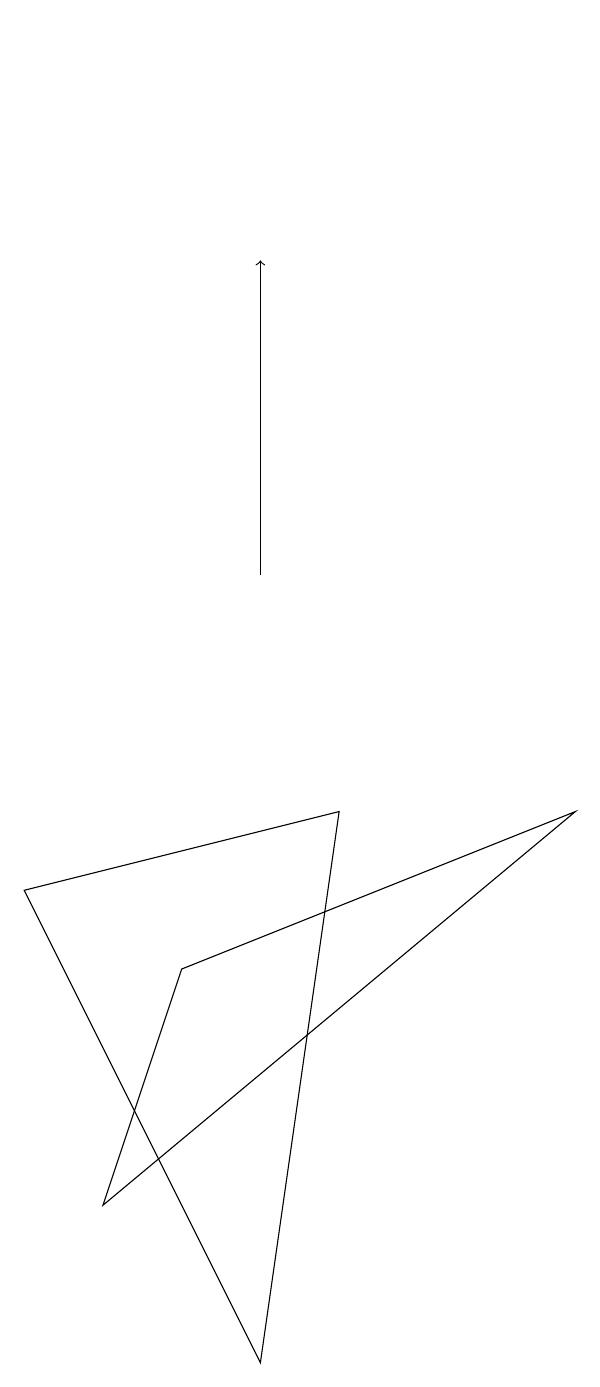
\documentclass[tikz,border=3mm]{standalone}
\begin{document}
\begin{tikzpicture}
\draw (1,4) -- (7,9) -- (2,7) -- cycle;
\draw (1,19) rectangle (1,19);
\draw[->] (3,12) -- (3,16);
\draw (4,9) -- (0,8) -- (3,2) -- cycle;
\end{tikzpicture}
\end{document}